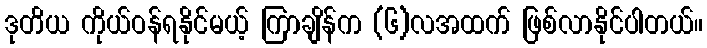
ဒုတိယ ကိုယ်ဝန်ရနိုင်မယ့် ကြာချိန်က (၆)လအထက် ဖြစ်လာနိုင်ပါတယ်။